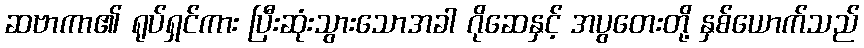
ဆဗာကာ၏ ရုပ်ရှင်ကား ပြီးဆုံးသွားသောအခါ ဂိုဆေနှင့် အပွတေးတို့ နှစ်ယောက်သည်